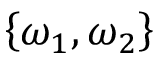
\left\{ \omega _ { 1 } , \omega _ { 2 } \right\}